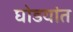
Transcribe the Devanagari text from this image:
घोडयांत